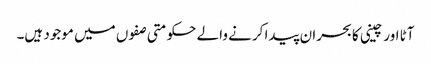
آٹا اور چینی کا بحران پیدا کرنے والے حکومتی صفوں میں موجود ہیں۔